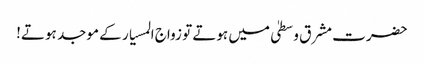
حضرت مشرق وسطیٰ میں ہوتے تو زواج المسیار کے موجد ہوتے!